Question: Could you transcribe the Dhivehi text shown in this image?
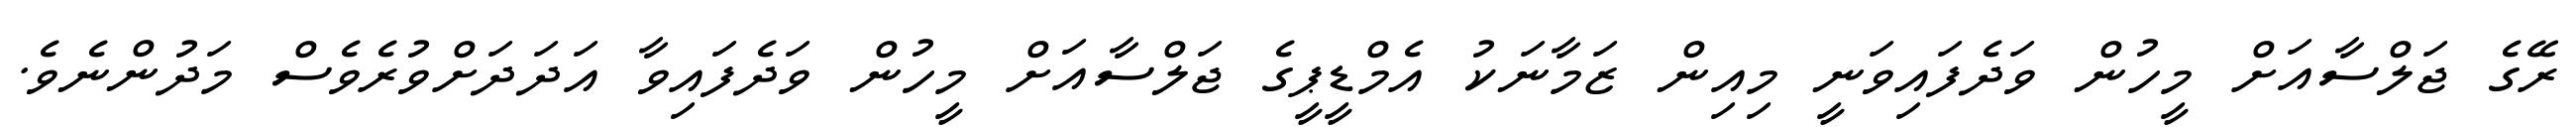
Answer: ރޭގެ ޖަލްސާއަށް މީހުން ވަދެފައިވަނީ މިއިން ޒަމާނަކު އެމްޑީޕީގެ ޖަލްސާއަށް މީހުން ވަދެފައިވާ އަދަދަށްވުރެވެސް މަދުންނެވެ.